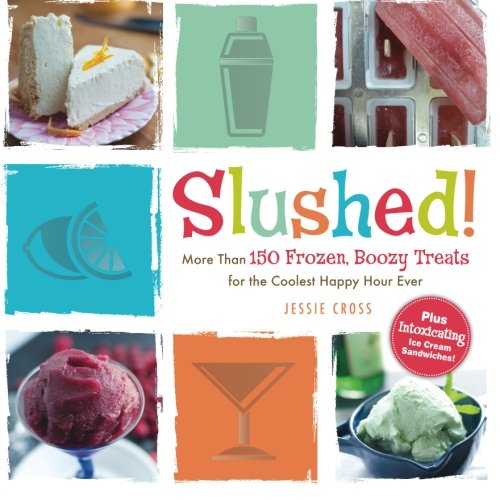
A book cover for Slushed!: More Than 150 Frozen, Boozy Treats for the Coolest Happy Hour Ever; Jessie Cross; Cookbooks, Food & Wine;